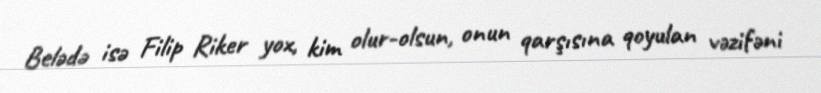
Belədə isə Filip Riker yox, kim olur-olsun, onun qarşısına qoyulan vəzifəni